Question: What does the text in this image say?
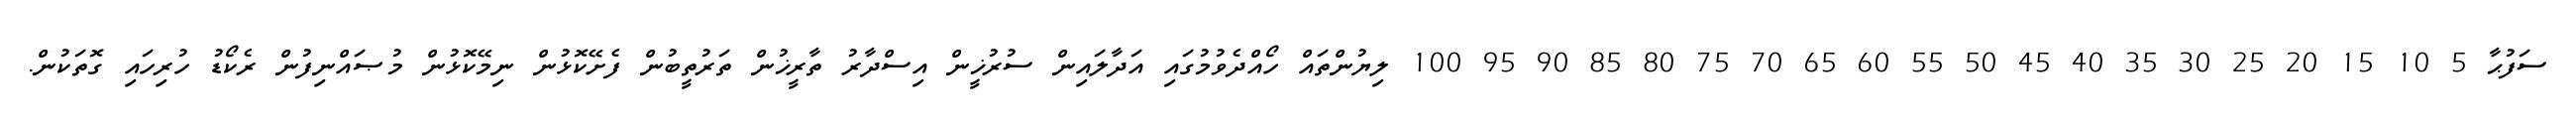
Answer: ސަފުޙާ 5 10 15 20 25 30 35 40 45 50 55 60 65 70 75 80 85 90 95 100 ލިޔުންތައް ހޯއްދެވުމުގައި އަދާލައިން ސުރުޚީން އިސްދާރު ތާރީޚުން ތަރުތީބުން ފެށޭކޮޅުން ނިމޭކޮޅުން މުޞައްނިފުން ރެކޯޑު ހުރިހައި ގޮތަކުން.